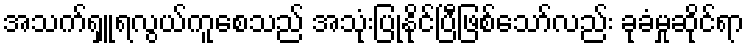
အသက်ရှူရလွယ်ကူစေသည် အသုံးပြုနိုင်ပြီဖြစ်သော်လည်း ခုခံမှုဆိုင်ရာ